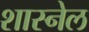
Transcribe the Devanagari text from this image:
शास्नेल